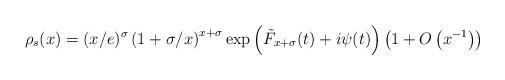
LaTeX: \begin{align*}\rho_s(x) = (x/e)^{\sigma} \left( 1 + \sigma/x \right)^{x + \sigma} \exp \left(\tilde{F}_{x+\sigma}(t) + i \psi(t) \right) \left( 1 + O\left(x^{-1} \right) \right)\end{align*}